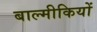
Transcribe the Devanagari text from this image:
बाल्मीकियों